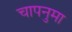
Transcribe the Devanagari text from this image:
चापनुमा